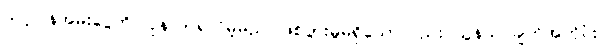
သင့်ပြန်အမ်းငွေကို ပြန်လာရလိမ့်မည် ဖြစ်ပွားမှုမရှိသော်လည်း သွန်သင်ချက်အတိုင်း